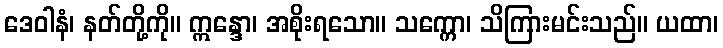
ဒေဝါနံ၊ နတ်တို့ကို။ ဣန္ဒော၊ အစိုးရသော။ သက္ကော၊ သိကြားမင်းသည်။ ယထာ၊